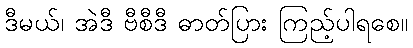
ဒီမယ်၊ အဲဒီ ဗီစီဒီ ဓာတ်ပြား ကြည့်ပါရစေ။